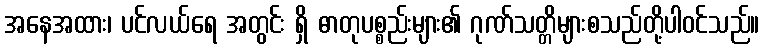
အနေအထား၊ ပင်လယ်ရေ အတွင်း ရှိ ဓာတုပစ္စည်းများ၏ ဂုဏ်သတ္တိများစသည်တို့ပါဝင်သည်။